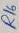
Text: R16